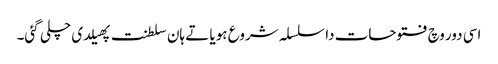
اسی دور وچ فتوحات دا سلسلہ شروع ہویا تے ہان سلطنت پھیلدی چلی گئی۔